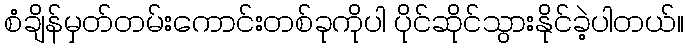
စံချိန်မှတ်တမ်းကောင်းတစ်ခုကိုပါ ပိုင်ဆိုင်သွားနိုင်ခဲ့ပါတယ်။